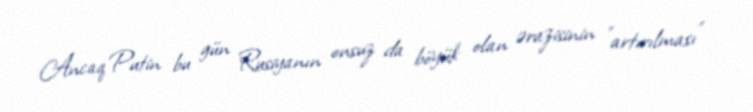
Ancaq Putin bu gün Rusiyanın onsuz da böyük olan ərazisinin ”artırılması"